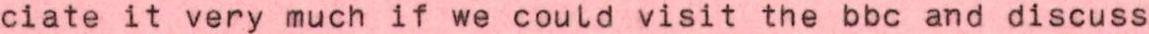
ciate it very much if we could visit the bbc and discuss